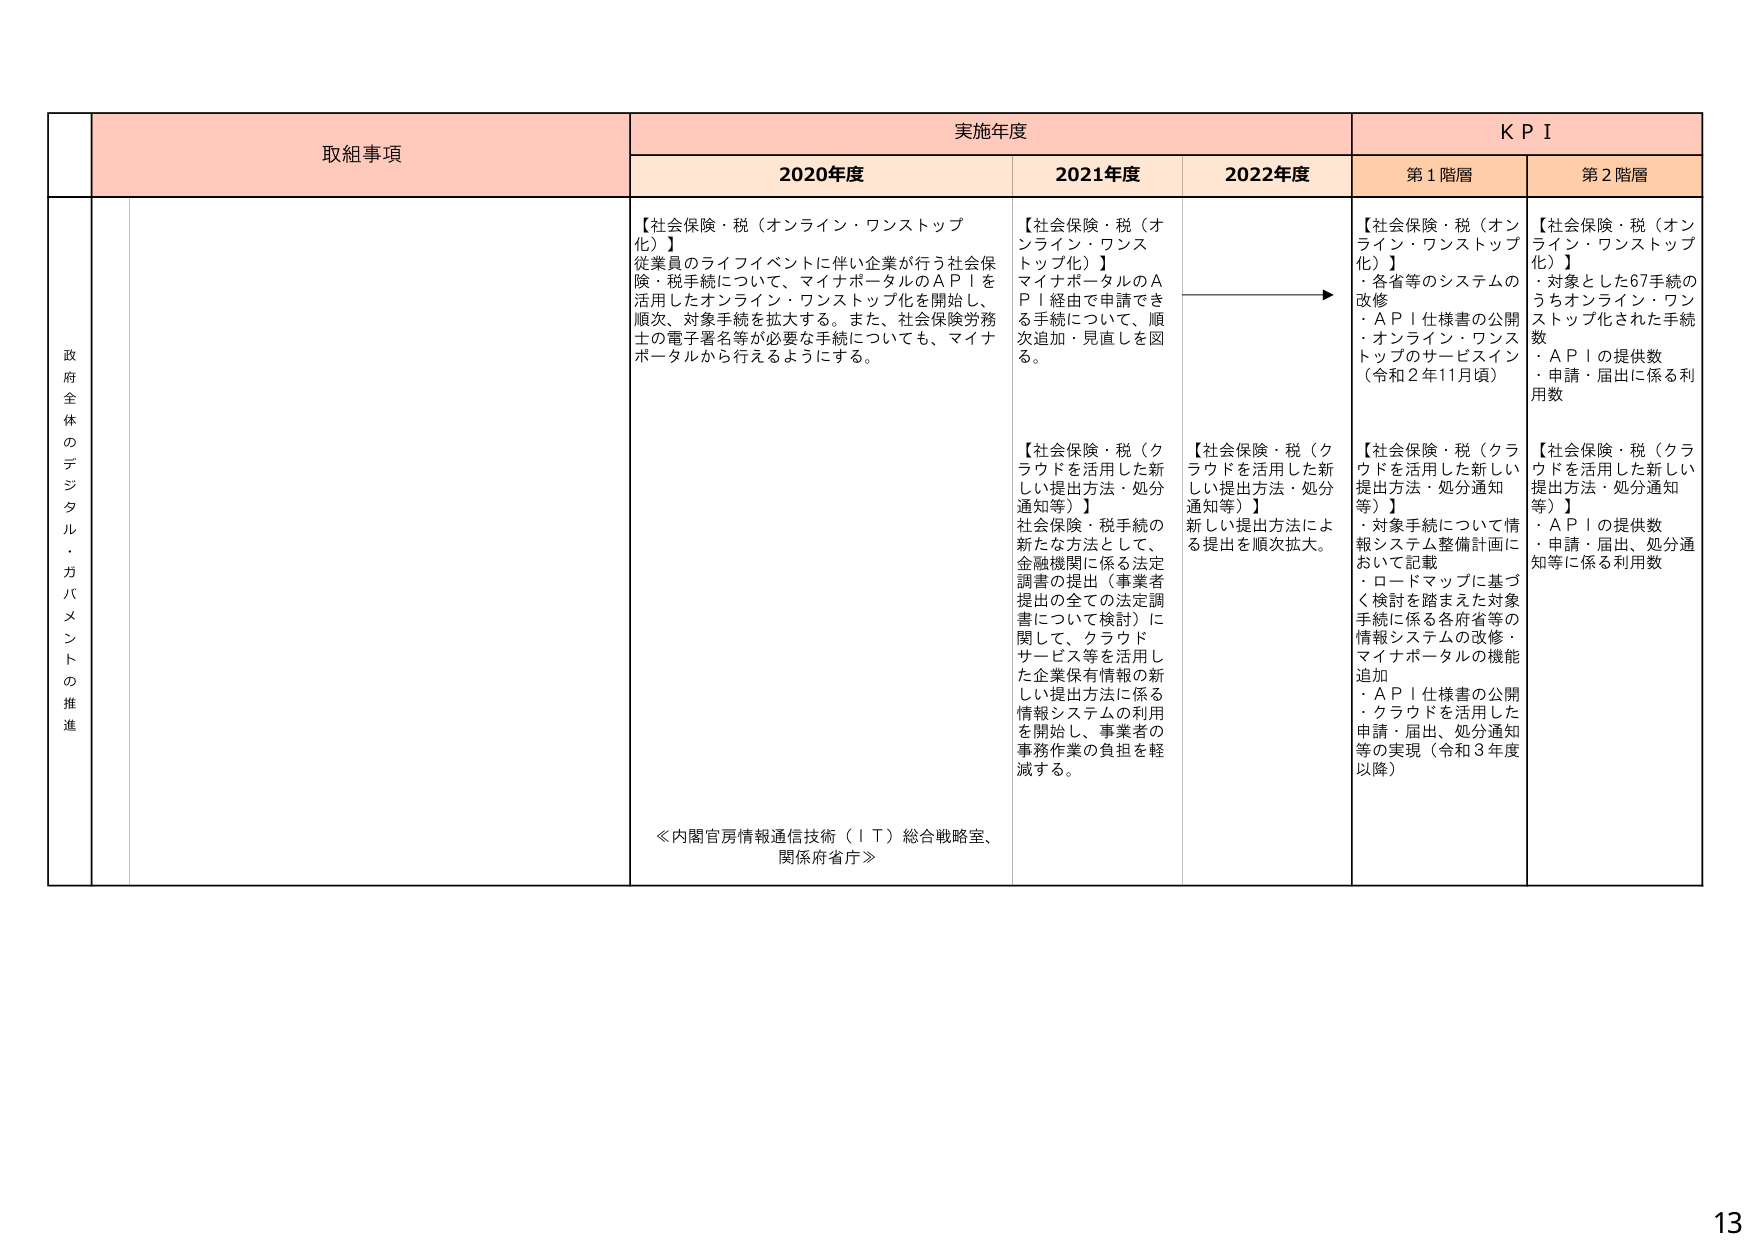
政府全体のデジタル・ガバメントの推進

取組事項

実施年度

KPI

2020年度

2021年度

2022年度

第1階層

第2階層

【社会保険・税（オンライン・ワンストップ化）】
従業員のライフイベントに伴い企業が行う社会保険・税手続について、マイナポータルのAPIを活用したオンライン・ワンストップ化を開始し、順次、対象手続を拡大する。また、社会保険労務士の電子署名等が必要な手続についても、マイナポータルから行えるようにする。

【社会保険・税（オンライン・ワンストップ化）】
マイナポータルのAPI経由で申請できる手続について、順次追加・見直しを図る。

【社会保険・税（クラウドを活用した新しい提出方法・処分通知等）】
社会保険・税手続の新たな方法として、金融機関に係る法定調書の提出（事業者提出の全ての法定調書について検討）に関して、クラウドサービス等を活用した企業保有情報の新しい提出方法に係る情報システムの利用を開始し、事業者の事務作業の負担を軽減する。

【社会保険・税（クラウドを活用した新しい提出方法・処分通知等）】
新しい提出方法による提出を順次拡大。

【社会保険・税（オンライン・ワンストップ化）】
・各省等のシステムの改修
・API仕様書の公開
・オンライン・ワンストップのサービスイン（令和2年11月頃）

【社会保険・税（クラウドを活用した新しい提出方法・処分通知等）】
・対象手続について情報システム整備計画において記載
・ロードマップに基づく検討を踏まえた対象手続に係る各府省等の情報システムの改修・マイナポータルの機能追加
・API仕様書の公開・クラウドを活用した申請・届出、処分通知等の実現（令和3年度以降）

【社会保険・税（オンライン・ワンストップ化）】
・対象とした67手続のうちオンライン・ワンストップ化された手続数
・APIの提供数
・申請・届出に係る利用数

【社会保険・税（クラウドを活用した新しい提出方法・処分通知等）】
・APIの提供数
・申請・届出、処分通知等に係る利用数

≪内閣官房情報通信技術（IT）総合戦略室、関係府省庁≫

13